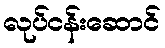
လုပ်ငန်းဆောင်